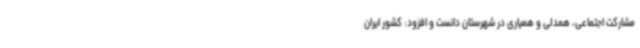
مشارکت اجتماعی، همدلی و همیاری در شهرستان دانست و افزود: کشور ایران